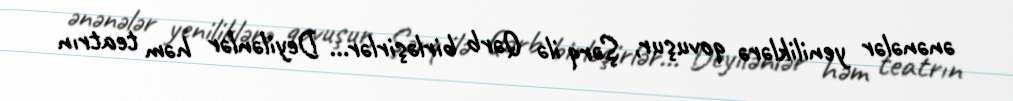
ənənələr yeniliklərə qovuşur, Şərq ilə Qərb birləşirlər… Deyilənlər həm teatrın